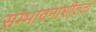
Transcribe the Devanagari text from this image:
सम्भावनाशीलता